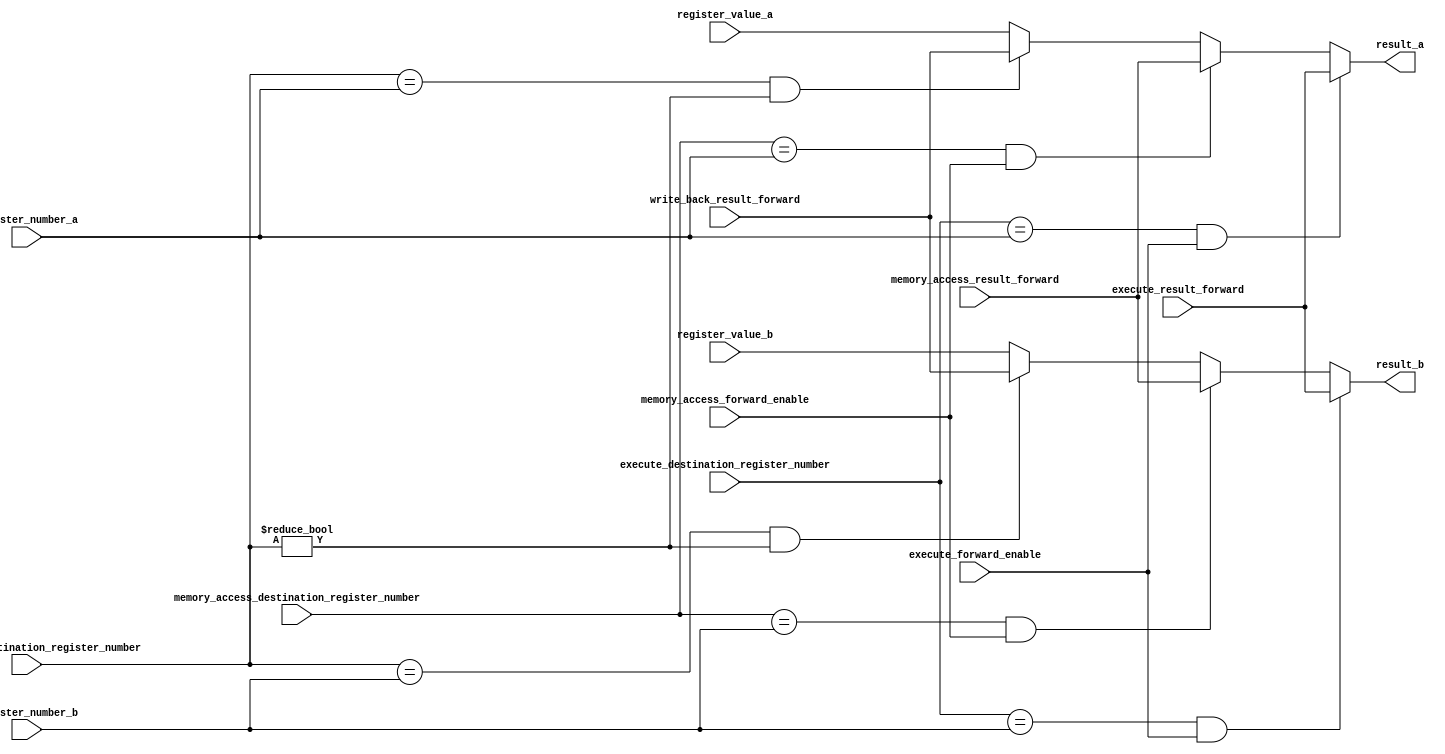
module forward(
    // posedge
    input [4:0] execute_destination_register_number,
    input [31:0] execute_result_forward,
    input execute_forward_enable,
    input [4:0] memory_access_destination_register_number,
    input [31:0] memory_access_result_forward,
    input memory_access_forward_enable,
    input [4:0] write_back_destination_register_number,
    input [31:0] write_back_result_forward,
    // negedge
    input [4:0] register_number_a,
    input [31:0] register_value_a,
    output reg [31:0] result_a,
    input [4:0] register_number_b,
    input [31:0] register_value_b,
    output reg [31:0] result_b
);


    always @(*) begin
        
        result_a = (
                execute_destination_register_number == register_number_a &&
                execute_forward_enable
            ) ? execute_result_forward : ((
                memory_access_destination_register_number == register_number_a &&
                memory_access_forward_enable
            ) ? memory_access_result_forward : ((
                write_back_destination_register_number == register_number_a &&
                write_back_destination_register_number != 0
            ) ? write_back_result_forward : register_value_a));

        result_b = (
                execute_destination_register_number == register_number_b &&
                execute_forward_enable
            ) ? execute_result_forward : ((
                memory_access_destination_register_number == register_number_b &&
                memory_access_forward_enable
            ) ? memory_access_result_forward : ((
                write_back_destination_register_number == register_number_b &&
                write_back_destination_register_number != 0
            ) ? write_back_result_forward : register_value_b));
    end

endmodule